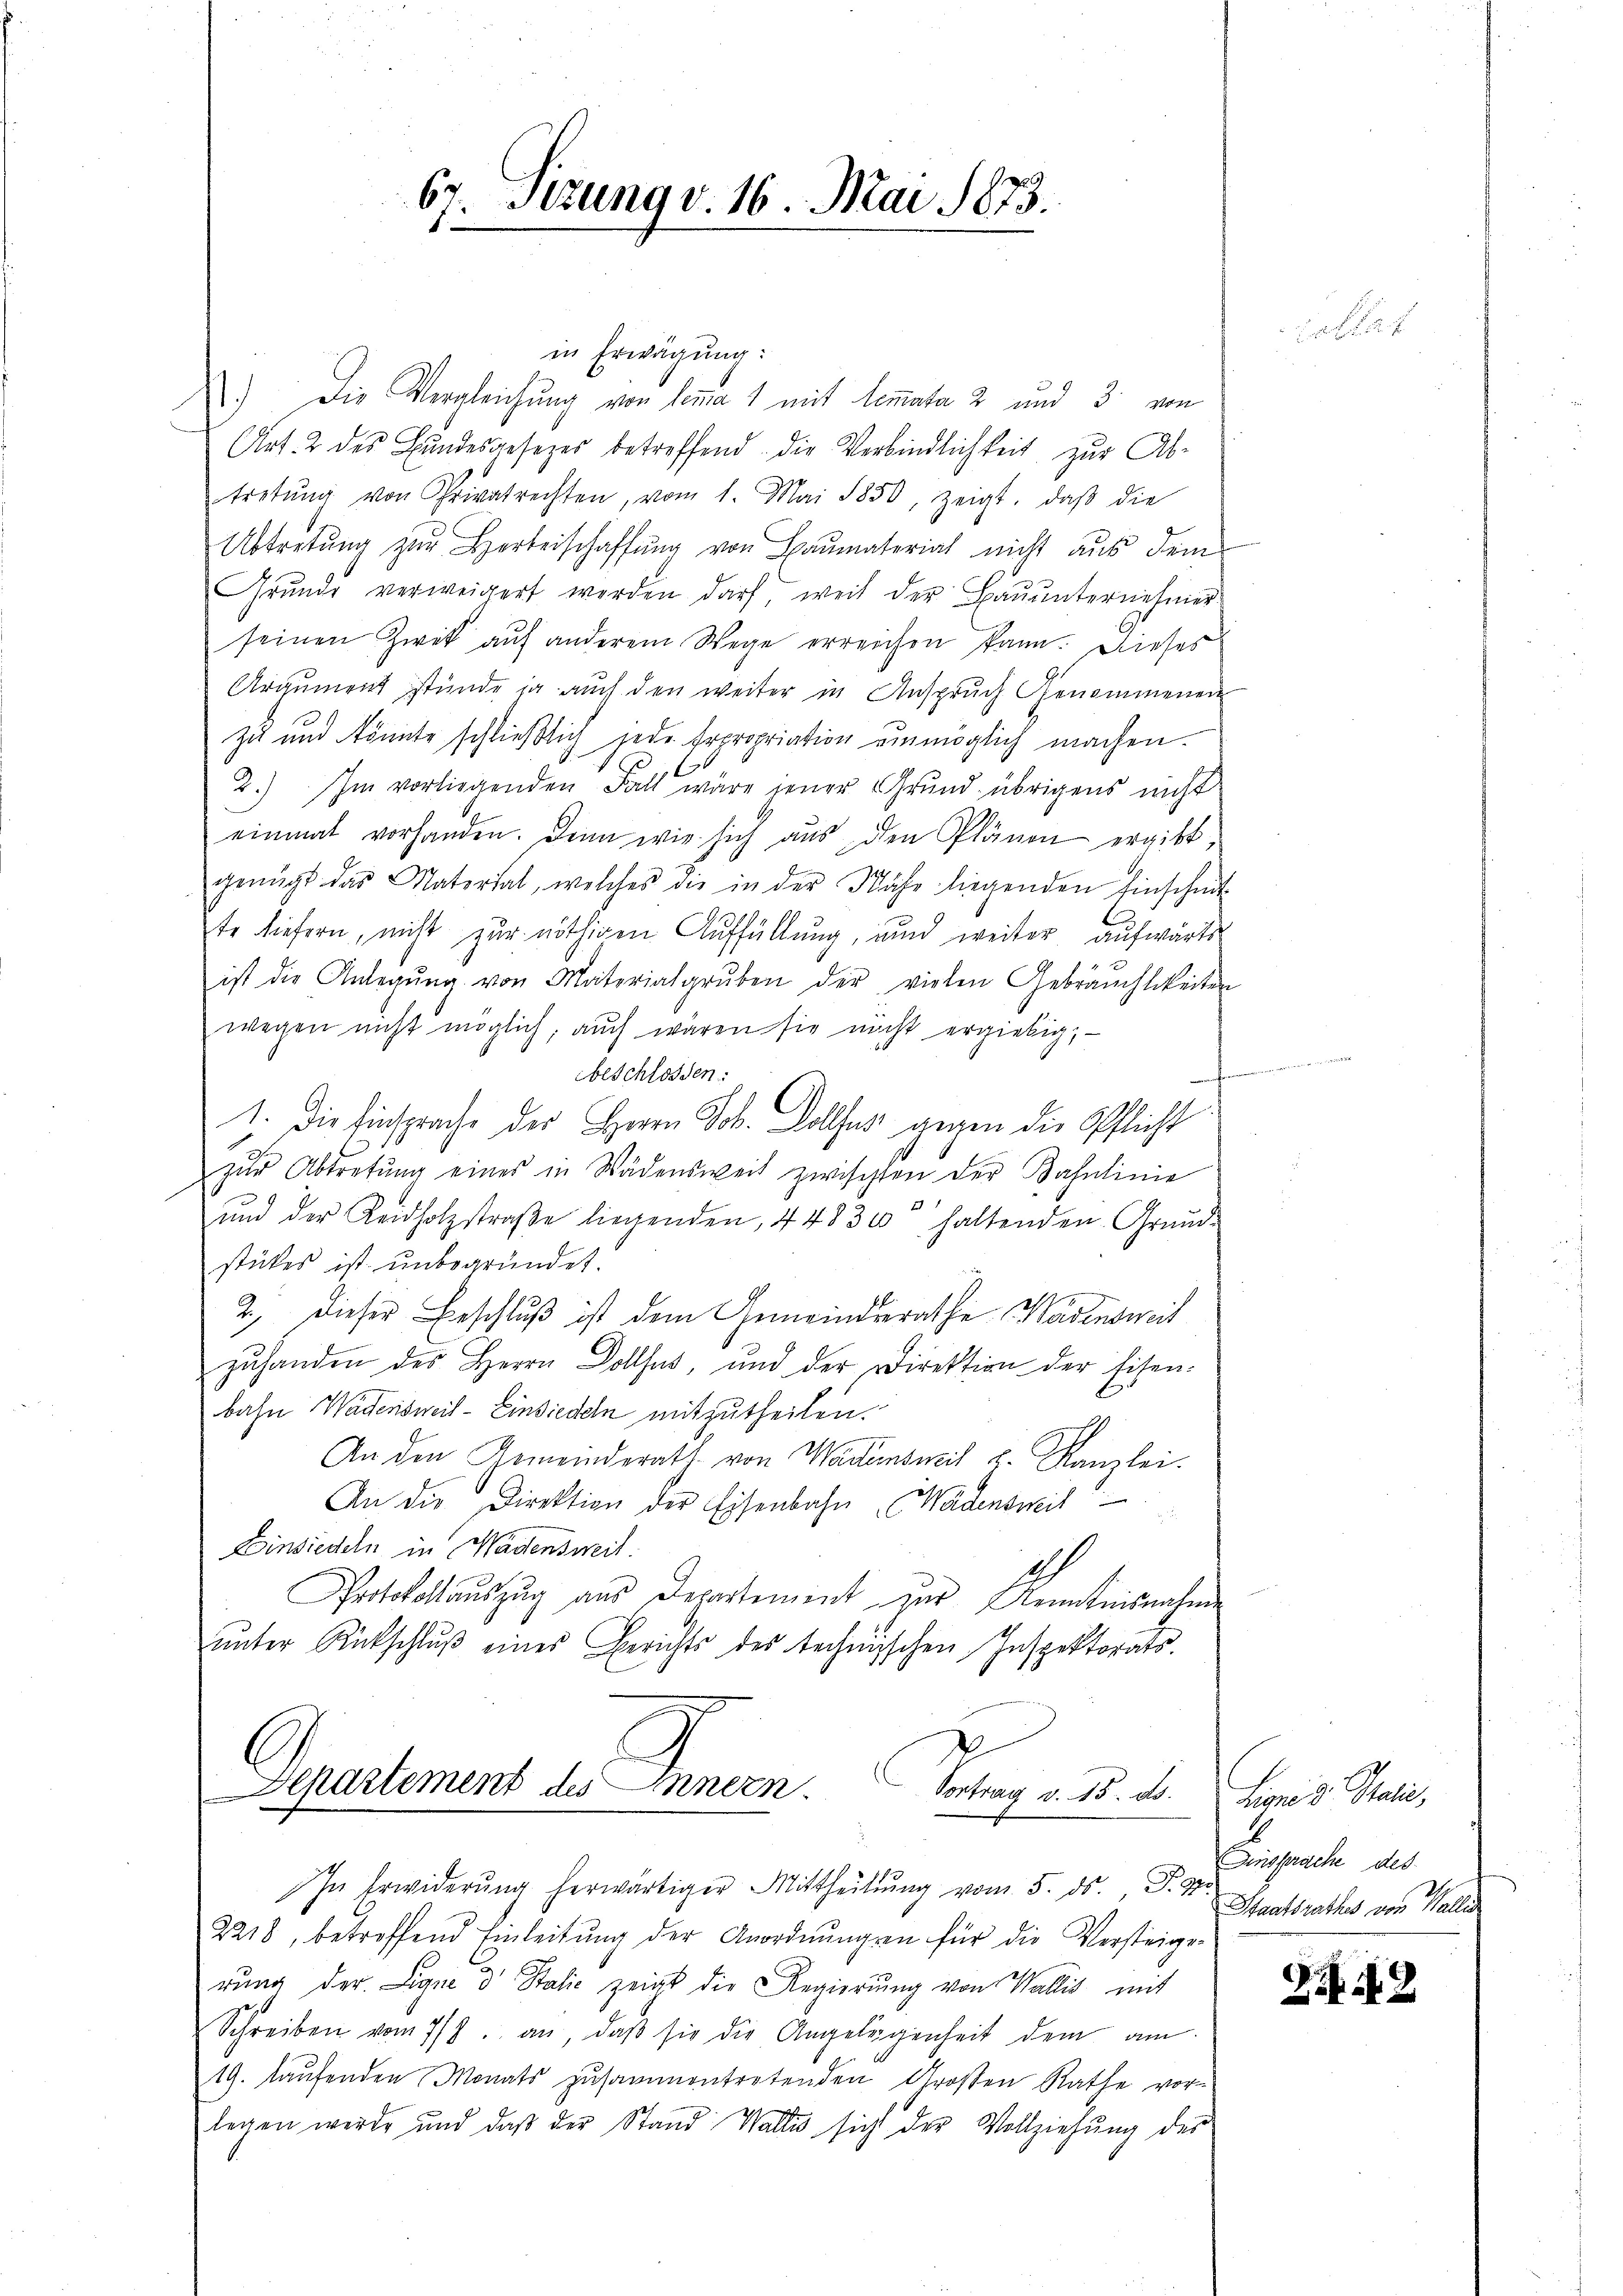
67. Sizung v. 16. Mai 1873.
1

Departement des Innern Vortrag v. 15. ds.
In Erwiderŭng herwärtiger Mittheilŭng vom 5. ds., S. 2

in Erwägung:
.) Die Vergleichung von lemma 1 mit lemmata 2 und 3 von
Art. 2 des Bundesgesezes betreffend die Verbindlichkeit zur Abtretŭng von Privatrechten, vom 1. Mai 1850, zeigt, daβ die
Abtretŭng zŭr Herbeischaffŭng von Baŭmaterial nicht aŭs dem
Grŭnde verweigert werden darf, weil der Baŭŭnternehmer
seinen Zwek auf anderem Wege erreichen kann. Dieses
Argument stünde ja auch den weiter in Anspruch Genommenen
zu und könnte schließtig jede Erpropriation einmöglich machen.
C
2.) Im vorliegenden Fall wäre jener Grund übrigens nicht
einmal vorhanden. Denn wie sich aŭs den Plänen ergibt,
genügt das Material, welches die in der Nähe liegenden Einscheit
te liefern, nicht zur nöthigen Auffüllung, und weiter aufwärts
ist die Anlegŭng von Materialgrŭben der vielen Gebräuchlikeiten
wegen nicht möglich, auch wären sie nicht ergiebig,
beschlossen:
¬
1. Die Einsprache der Herrn Joh. Dolles gegen die Pflicht
zŭr Abtretŭng eines in Wädensweit zwischten der Bahnlinie
ŭnd der Leidholzstraβe liegenden, 44830 haltenden Grund-
stükes ist unbegründet.
2. Dieser Beschluß ist dem Gemeindesrathe Wädensweit
zuhanden des Herrn Dollfus, und der Direktion der Eisen-
bahn Wadensweit - Einsiedeln mitzutheilen.
An den Gemeinderath von Wadenseit z. Kanzlei.
An die Direktion der Eisenbahn Wädensweil
Einsiedeln in Wädensweil.
2
Protokollauszug aus Departement zur Kenntnisnahme
ŭnter Rückschlŭβ eines Berichts des technischen Inspektorats-

2218, betreffend Einleitŭng der Anordnŭngen für die Versteige-
rung der Leigne d Stalie zeigt die Regierŭng von Wallis mit
Schreiben vom 7/7. an, daβ sie die Angelegenheit dem am
19. laufenden Monats zusammentretenden Großen Rathe vorlegen werde und daβ der Stand Wallis sicht der Vollziehŭng des

Ligne u. Statie,
Einsprache des
Staatsrathes von Wallis

12